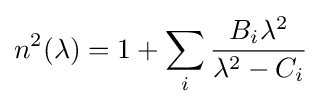
n^{2}(\lambda )=1+\sum _{i}{\frac {B_{i}\lambda ^{2}}{\lambda ^{2}-C_{i}}}